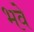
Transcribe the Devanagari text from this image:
भवे